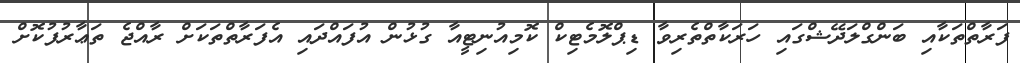
ފަރާތްތަކާއި ބަންގްލަދޭޝްގައި ހަރަކާތްތެރިވާ ޑިޕްލޮމެޓިކް ކޮމިއުނިޓީއާ ގުޅުން އުފައްދައި އެފަރާތްތަކަށް ރާއްޖެ ތަޢާރުފުކޮށް